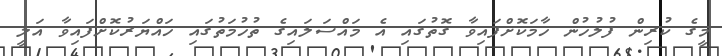
މީގެ ކުރިން ފުލުހުން ހާމަކޮށްފައިވާ ގޮތުގައި އެ މައްސަލައިގެ ތުހުމަތުގައި ހައްޔަރުކޮށްފައިވާ އަލީ